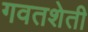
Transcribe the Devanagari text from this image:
गवतशेती